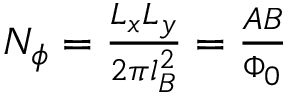
\begin{array} { r } { N _ { \phi } = \frac { L _ { x } L _ { y } } { 2 \pi l _ { B } ^ { 2 } } = \frac { A B } { \Phi _ { 0 } } } \end{array}